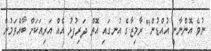
ނުވެ އޮންނާނީ އުއްޑުން" ރާމިޒާގެ އުނގައި އޮތް ދަރިފުޅު އެއް އަރިއަކަށް ބާއްވަމުން